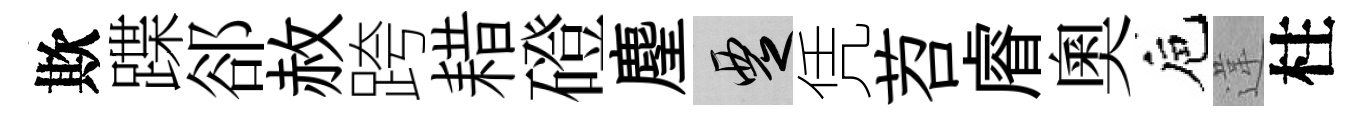
欺蹀郤赦跨耤磴麈覂凭苕𥈠奧巵違柱